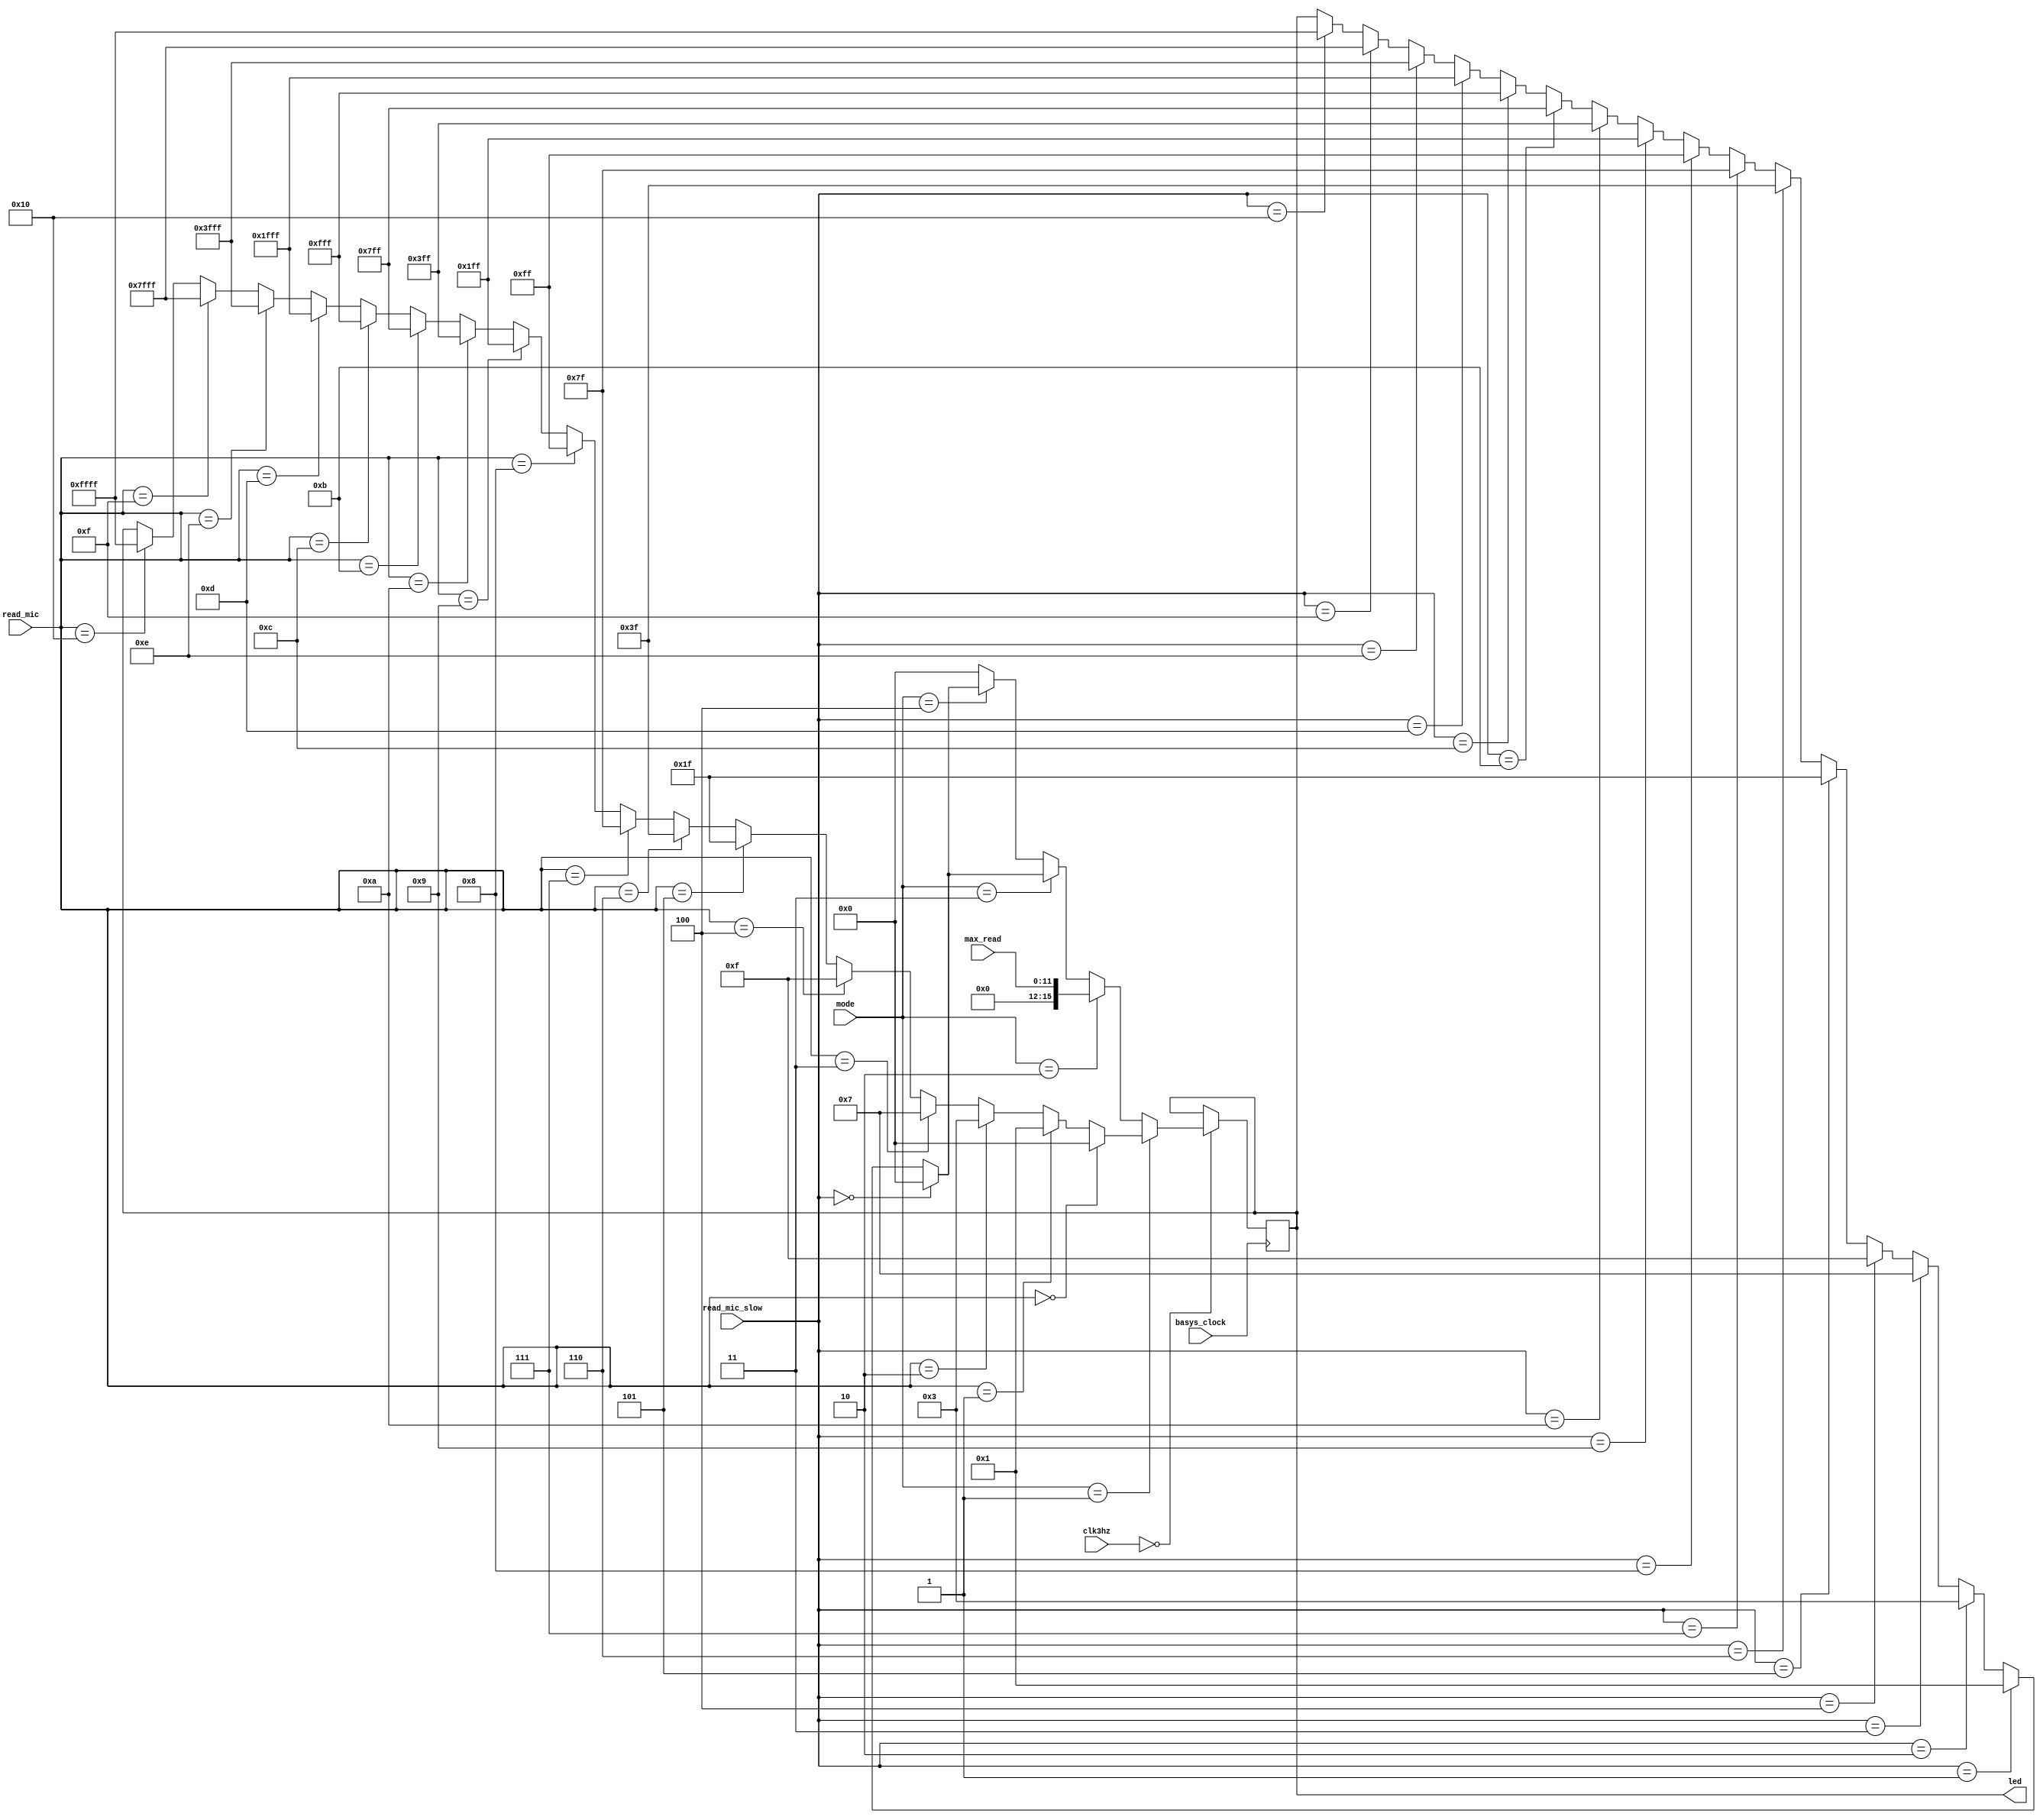
`timescale 1ns / 1ps
//////////////////////////////////////////////////////////////////////////////////
// Company: 
// Engineer: 
// 
// Design Name: 
// Module Name: LED_blink
// Project Name: 
// Target Devices: 
// Tool Versions: 
// Description: 
// 
// Dependencies: 
// 
// Revision:
// Revision 0.01 - File Created
// Additional Comments:
// 
//////////////////////////////////////////////////////////////////////////////////


module LED_blink(
    input basys_clock,
    input [23:0]clk3hz,
    input [4:0] read_mic,
    input [4:0] read_mic_slow,
    input [3:0] mode,
    input [11:0] max_read,
    output reg [15:0] led
    );
    always @ (posedge basys_clock)
    begin
        if (clk3hz == 0)
        begin
        if (mode == 1)
        begin
            if (read_mic == 0) led = 0;
            else if (read_mic == 1) led = 1;
            else if (read_mic == 2) led = 3;
            else if (read_mic == 3) led = 7;
            else if (read_mic == 4) led = 15;
            else if (read_mic == 5) led = 31;
            else if (read_mic == 6) led = 63;
            else if (read_mic == 7) led = 127;
            else if (read_mic == 8) led = 255;
            else if (read_mic == 9) led = 511;
            else if (read_mic == 10) led = 1023;
            else if (read_mic == 11) led = 2047;
            else if (read_mic == 12) led = 4095;
            else if (read_mic == 13) led = 8191;
            else if (read_mic == 14) led = 16383;
            else if (read_mic == 15) led = 32767;
            else if (read_mic == 16) led = 65535;
        end
        else if (mode == 2) led [15:0] ={4'b0, max_read [11:0]};
        else if (mode == 3)
        begin
            if (read_mic_slow == 0) led = 0;
            else if (read_mic_slow == 1) led = 1;
            else if (read_mic_slow == 2) led = 3;
            else if (read_mic_slow == 3) led = 7;
            else if (read_mic_slow == 4) led = 15;
            else if (read_mic_slow == 5) led = 31;
            else if (read_mic_slow == 6) led = 63;
            else if (read_mic_slow == 7) led = 127;
            else if (read_mic_slow == 8) led = 255;
            else if (read_mic_slow == 9) led = 511;
            else if (read_mic_slow == 10) led = 1023;
            else if (read_mic_slow == 11) led = 2047;
            else if (read_mic_slow == 12) led = 4095;
            else if (read_mic_slow == 13) led = 8191;
            else if (read_mic_slow == 14) led = 16383;
            else if (read_mic_slow == 15) led = 32767;
            else if (read_mic_slow == 16) led = 65535;
        end
        else if (mode == 4)
        begin
            if (read_mic_slow == 0) led = 0;
            else if (read_mic_slow == 1) led = 1;
            else if (read_mic_slow == 2) led = 3;
            else if (read_mic_slow == 3) led = 7;
            else if (read_mic_slow == 4) led = 15;
            else if (read_mic_slow == 5) led = 31;
            else if (read_mic_slow == 6) led = 63;
            else if (read_mic_slow == 7) led = 127;
            else if (read_mic_slow == 8) led = 255;
            else if (read_mic_slow == 9) led = 511;
            else if (read_mic_slow == 10) led = 1023;
            else if (read_mic_slow == 11) led = 2047;
            else if (read_mic_slow == 12) led = 4095;
            else if (read_mic_slow == 13) led = 8191;
            else if (read_mic_slow == 14) led = 16383;
            else if (read_mic_slow == 15) led = 32767;
            else if (read_mic_slow == 16) led = 65535;

        end
        else led <= 0;
        end
    end
    
endmodule